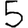
Digit: 5